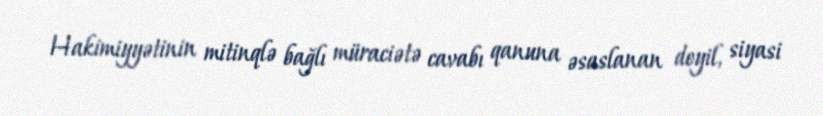
Hakimiyyətinin mitinqlə bağlı müraciətə cavabı qanuna əsaslanan deyil, siyasi